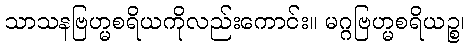
သာသနဗြဟ္မစရိယကိုလည်းကောင်း။ မဂ္ဂဗြဟ္မစရိယဉ္စ၊